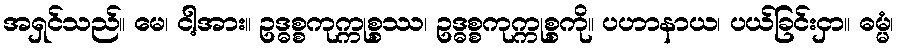
အရှင်သည်။ မေ၊ ငါ့အား။ ဥဒ္ဓစ္စကုက္ကုစ္စဿ၊ ဥဒ္ဓစ္စကုက္ကုစ္စကို။ ပဟာနာယ၊ ပယ်ခြင်းငှာ။ ဓမ္မံ၊